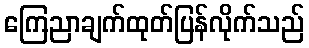
ကြေညာချက်ထုတ်ပြန်လိုက်သည်